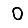
Digit: 0